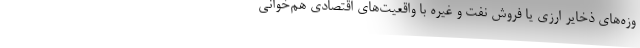
وزه‌های ذخایر ارزی یا فروش نفت و غیره با واقعیت‌های اقتصادی هم‌خوانی